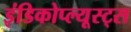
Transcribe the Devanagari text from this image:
इंडिकोप्ल्यूस्ट्स